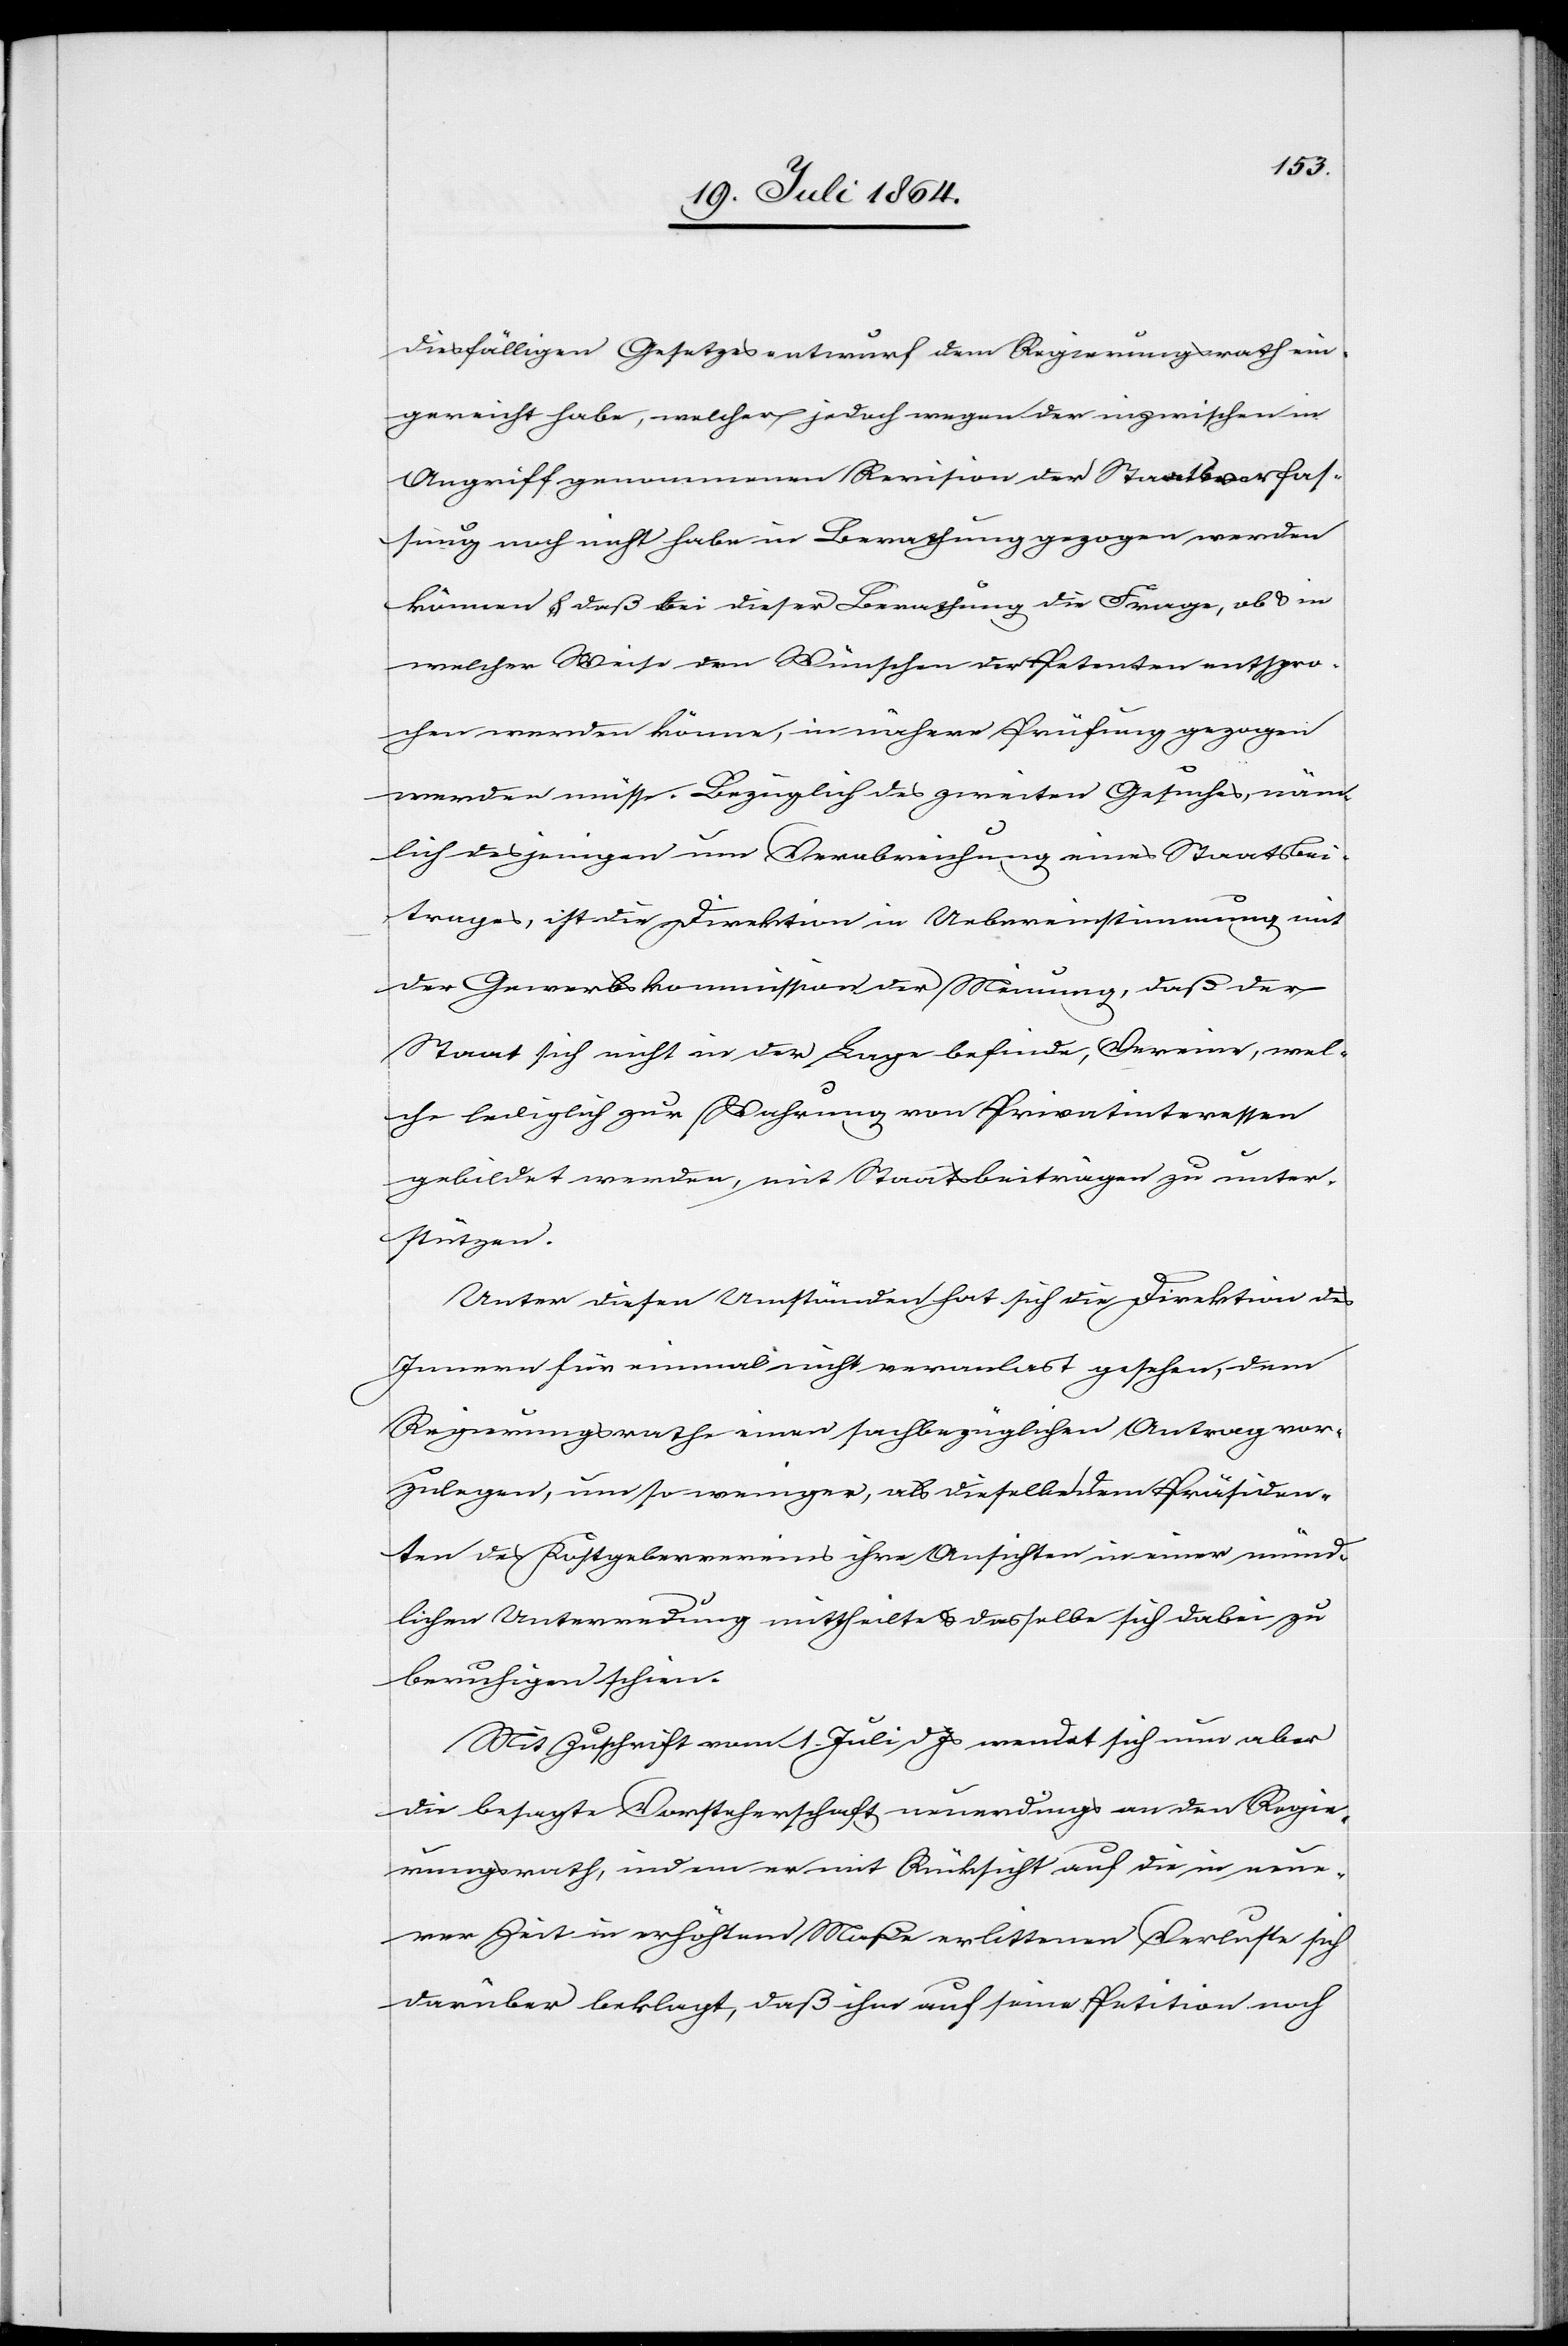
diesfälligen Gesetzesentwurf dem Regierungsrath ein¬
gereicht habe, welcher jedoch wegen der inzwischen in
Angriff genommenen Revision der Staatsverfas¬
sung noch nicht habe in Berathung gezogen werden
können u. daß bei dieser Berathung die Frage, ob u. in
welcher Weise den Wünschen der Petenten entspro¬
chen werden könne, in nähere Prüfung gezogen
werden müsse. Bezüglich des zweiten Gesuches, näm¬
lich desjenigen um Verabreichung eines Staatsbei¬
trages, ist die Direktion in Uebereinstimmung mit
der Gewerbskommission der Meinung, daß der
Staat sich nicht in der Lage befinde, Vereine, wel¬
che lediglich zur Wahrung von Privatinteressen
gebildet werden, mit Staatsbeiträgen zu unter¬
stützen.
Unter diesen Umständen hat sich die Direktion des
Innern für einmal nicht veranlas[s]t gesehen, dem
Regierungsrathe einen sachbezüglichen Antrag vor¬
zulegen, um so weniger, als dieselbe dem Präsiden¬
ten des Kostgebervereins ihre Ansichten in einer münd¬
lichen Unterredung mittheilte u. dasselbe sich dabei zu
beruhigen schien.
Mit Zuschrift vom 1. Juli d. Js. wendet sich nun aber
die besagte Vorsteherschaft neuerdings an den Regie¬
rungsrath, indem er mit Rücksicht auf die in neue¬
rer Zeit in erhöhtem Maße erlittenen Verluste sich
darüber beklagt, daß ihm auf seine Petition noch